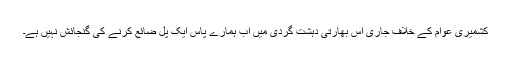
کشمیری عوام کے خلاف جاری اس بھارتی دہشت گردی میں اب ہمارے پاس ایک پَل ضائع کرنے کی گنجائش نہیں ہے۔